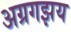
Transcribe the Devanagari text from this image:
अग्रगझय